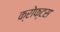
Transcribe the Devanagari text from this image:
क्रोफ्टस